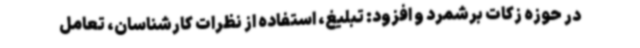
در حوزه زکات برشمرد و افزود: تبلیغ، استفاده از نظرات کارشناسان، تعامل